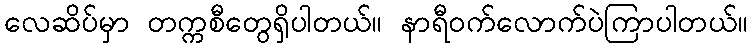
လေဆိပ်မှာ တက္ကစီတွေရှိပါတယ်။ နာရီဝက်လောက်ပဲကြာပါတယ်။